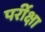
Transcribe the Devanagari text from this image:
पर्रीक्षा